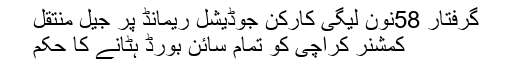
گرفتار 58نون لیگی کارکن جوڈیشل ریمانڈ پر جیل منتقل
کمشنر کراچی کو تمام سائن بورڈ ہٹانے کا حکم